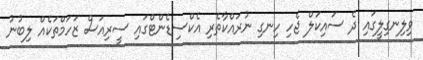
ވިލިނގިލީގައި ދެ ސައިކަލް ޖެހި ހިނގި ނުރައްކާތެރި އެކްސިޑެންޓްގައި ސީރިއަސް ޒަހަމްތަކެއް ލިބުނު